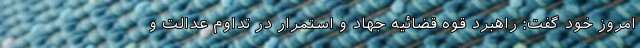
امروز خود گفت: راهبرد قوه قضائیه جهاد و استمرار در تداوم عدالت و